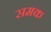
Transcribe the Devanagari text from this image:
समक